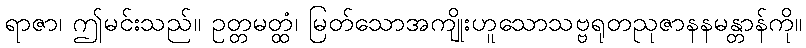
ရာဇာ၊ ဤမင်းသည်။ ဥတ္တမတ္ထံ၊ မြတ်သောအကျိုးဟူသောသဗ္ဗရုတညုဇာနနမန္တာန်ကို။